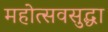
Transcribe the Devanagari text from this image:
महोत्सवसुद्धा